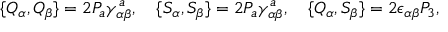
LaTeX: \{ Q _ { \alpha } , Q _ { \beta } \} = 2 P _ { a } \gamma _ { \alpha \beta } ^ { a } , \quad \{ S _ { \alpha } , S _ { \beta } \} = 2 P _ { a } \gamma _ { \alpha \beta } ^ { a } , \quad \{ Q _ { \alpha } , S _ { \beta } \} = 2 \epsilon _ { \alpha \beta } P _ { 3 } ,